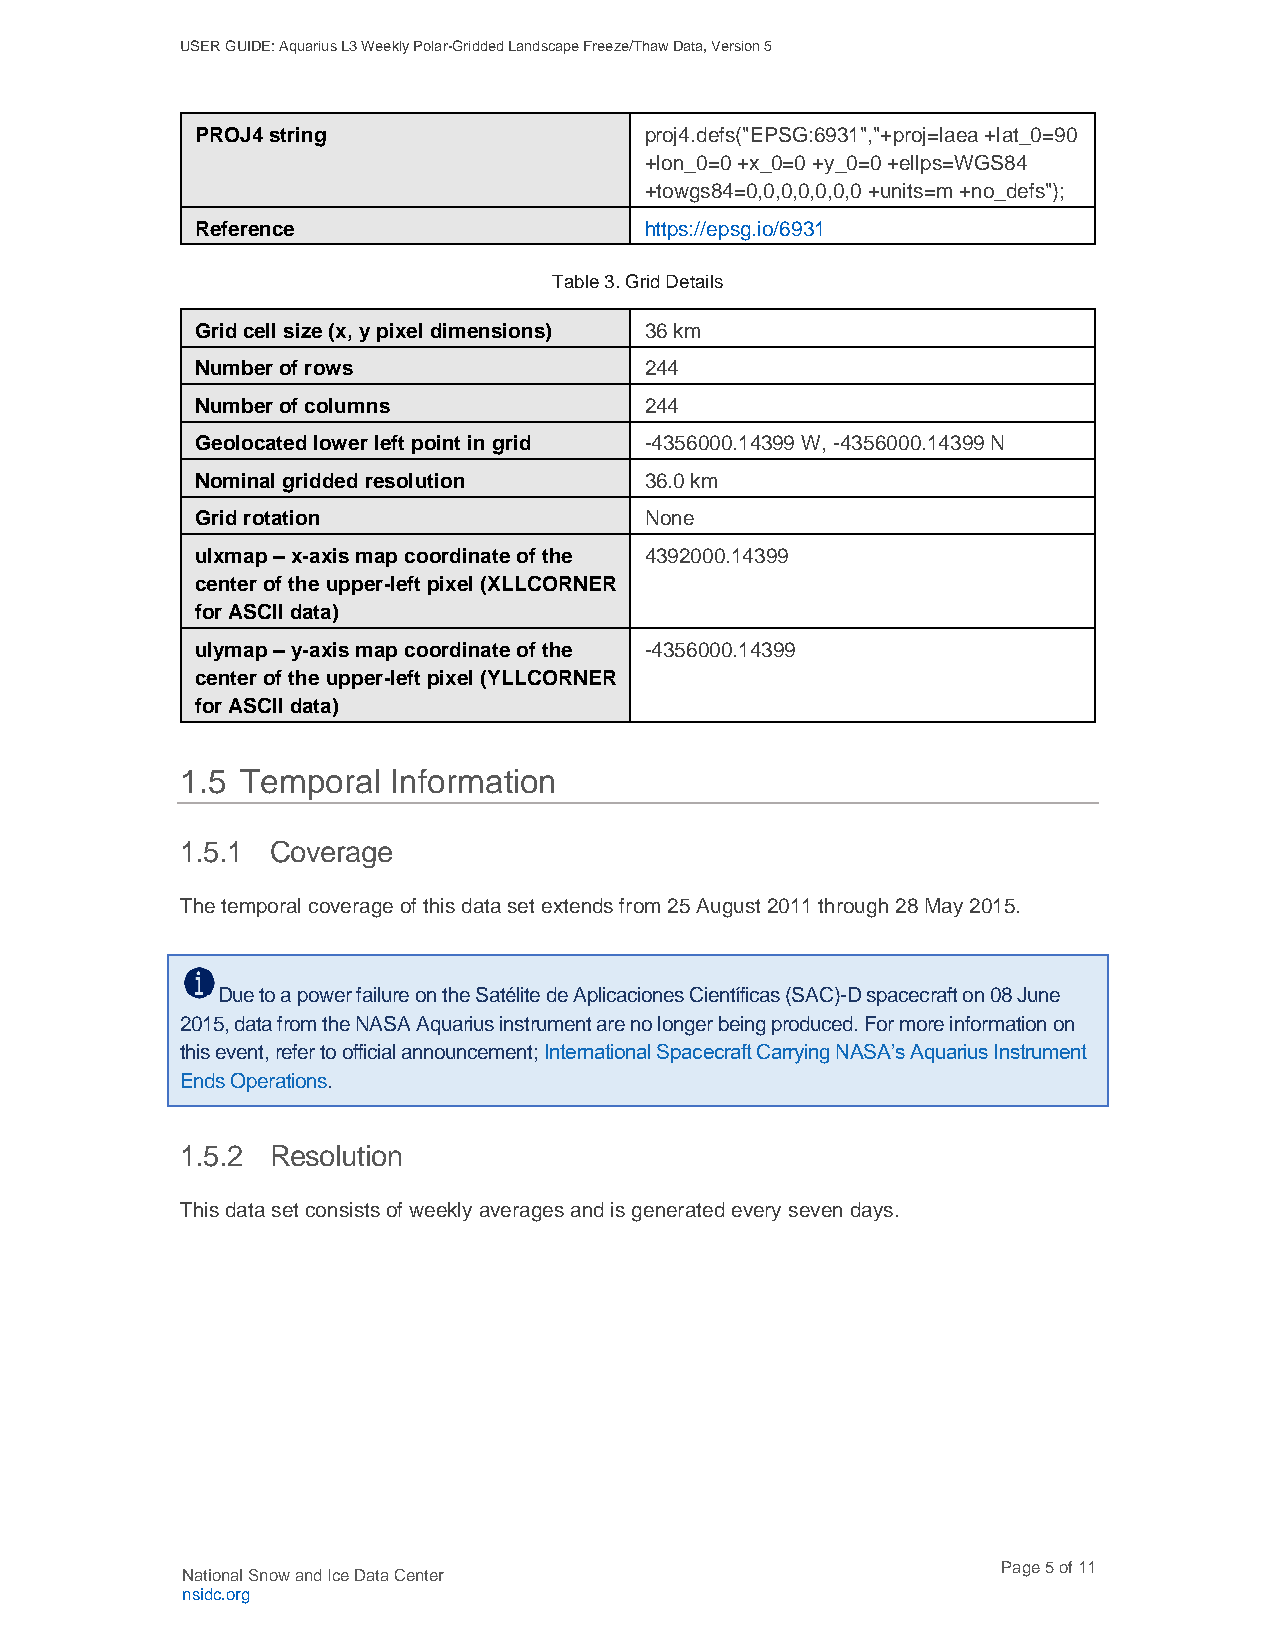
USER GUIDE: Aquarius L3 Weekly Polar-Gridded Landscape Freeze/Thaw Data, Version 5
 PROJ4 string                  proj4.defs("EPSG:6931","+proj=laea +lat_0=90
 +lon_0=0 +x_0=0 +y_0=0 +ellps=WGS84
 +towgs84=0,0,0,0,0,0,0 +units=m +no_defs");
 Reference                     https://epsg.io/6931
 Table 3. Grid Details
 Grid cell size (x, y pixel dimensions) 36 km
 Number of rows                244
 Number of columns             244
 Geolocated lower left point in grid -4356000.14399 W, -4356000.14399 N
 Nominal gridded resolution    36.0 km
 Grid rotation                 None
 ulxmap – x-axis map coordinate of the 4392000.14399
 center of the upper-left pixel (XLLCORNER
 for ASCII data)
 ulymap – y-axis map coordinate of the -4356000.14399
 center of the upper-left pixel (YLLCORNER
 for ASCII data)
 1.5 Temporal  Information
 1.5.1 Coverage
 The temporal coverage of this data set extends from 25 August 2011 through 28 May 2015.
 Due to a power failure on the Satélite de Aplicaciones Científicas (SAC)-D spacecraft on 08 June
 2015, data from the NASA Aquarius instrument are no longer being produced. For more information on
 this event, refer to official announcement; International Spacecraft Carrying NASA’s Aquarius Instrument
 Ends Operations.
 1.5.2 Resolution
 This data set consists of weekly averages and is generated every seven days.
 Page 5 of 11
 National Snow and Ice Data Center
 nsidc.org